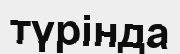
түрінда